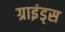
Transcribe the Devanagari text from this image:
ग्राइंड्स